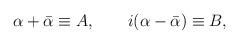
LaTeX: \begin{align*}\alpha+\bar\alpha\equiv A, \qquad i(\alpha-\bar\alpha)\equiv B,\end{align*}